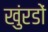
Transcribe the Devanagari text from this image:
खुंरडों